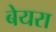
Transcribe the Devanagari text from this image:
बेयरा